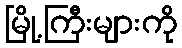
မြို့ကြီးများကို